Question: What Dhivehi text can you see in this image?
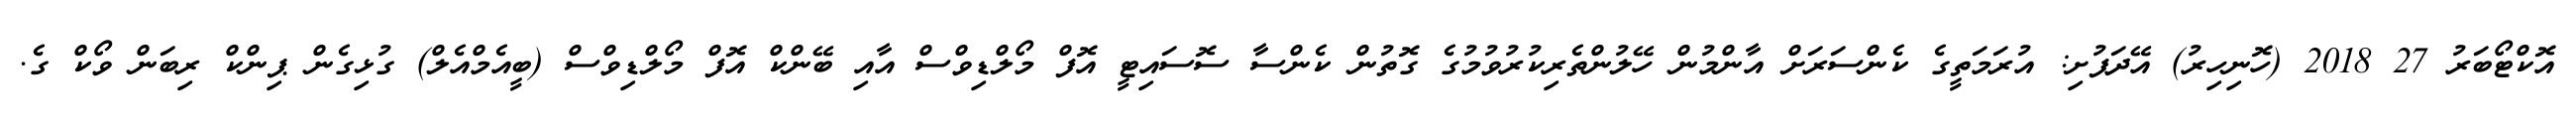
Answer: އޮކްޓޯބަރު 27 2018 (ހޮނިހިރު) އޭދަފުށި: އުރަމަތީގެ ކެންސަރަށް އާންމުން ހޭލުންތެރިކުރުވުމުގެ ގޮތުން ކެންސާ ސޮސައިޓީ އޮފް މޯލްޑިވްސް އާއި ބޭންކް އޮފް މޯލްޑިވްސް (ބީއެމްއެލް) ގުޅިގެން ޕިންކް ރިބަން ވޯކް ގެ.